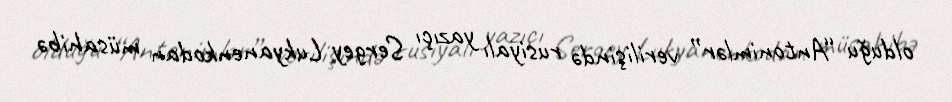
olduğu “Antonimlər” verilişində rusiyalı yazıçı Sergey Lukyanenkodan müsahibə